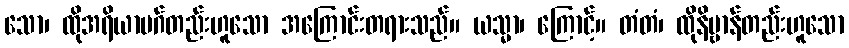
သော၊ ထိုအရိယာမဂ်တည်းဟူသော အကြောင်းတရားသည်။ ယသ္မာ၊ ကြောင့်။ တံတံ၊ ထိုနိဗ္ဗာန်တည်းဟူသော